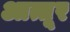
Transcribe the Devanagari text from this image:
आत्तूर